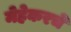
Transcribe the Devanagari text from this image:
मेहेकरचे